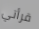
قرأتي